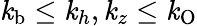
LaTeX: \mathit{k}_{\mathrm{{b}}}\leq\mathit{k}_{h},\mathit{k}_{z}\leq\mathit{k}_{\mathrm{{O}}}